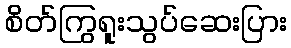
စိတ်ကြွရူးသွပ်ဆေးပြား